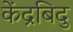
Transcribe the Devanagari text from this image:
केंद्रबिदु